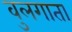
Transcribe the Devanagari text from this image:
वुलगाता